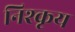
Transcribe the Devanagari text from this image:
निश्कृय